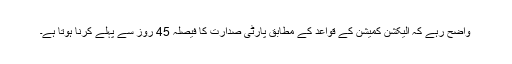
واضح رہے کہ الیکشن کمیشن کے قواعد کے مطابق پارٹی صدارت کا فیصلہ 45 روز سے پہلے کرنا ہوتا ہے۔